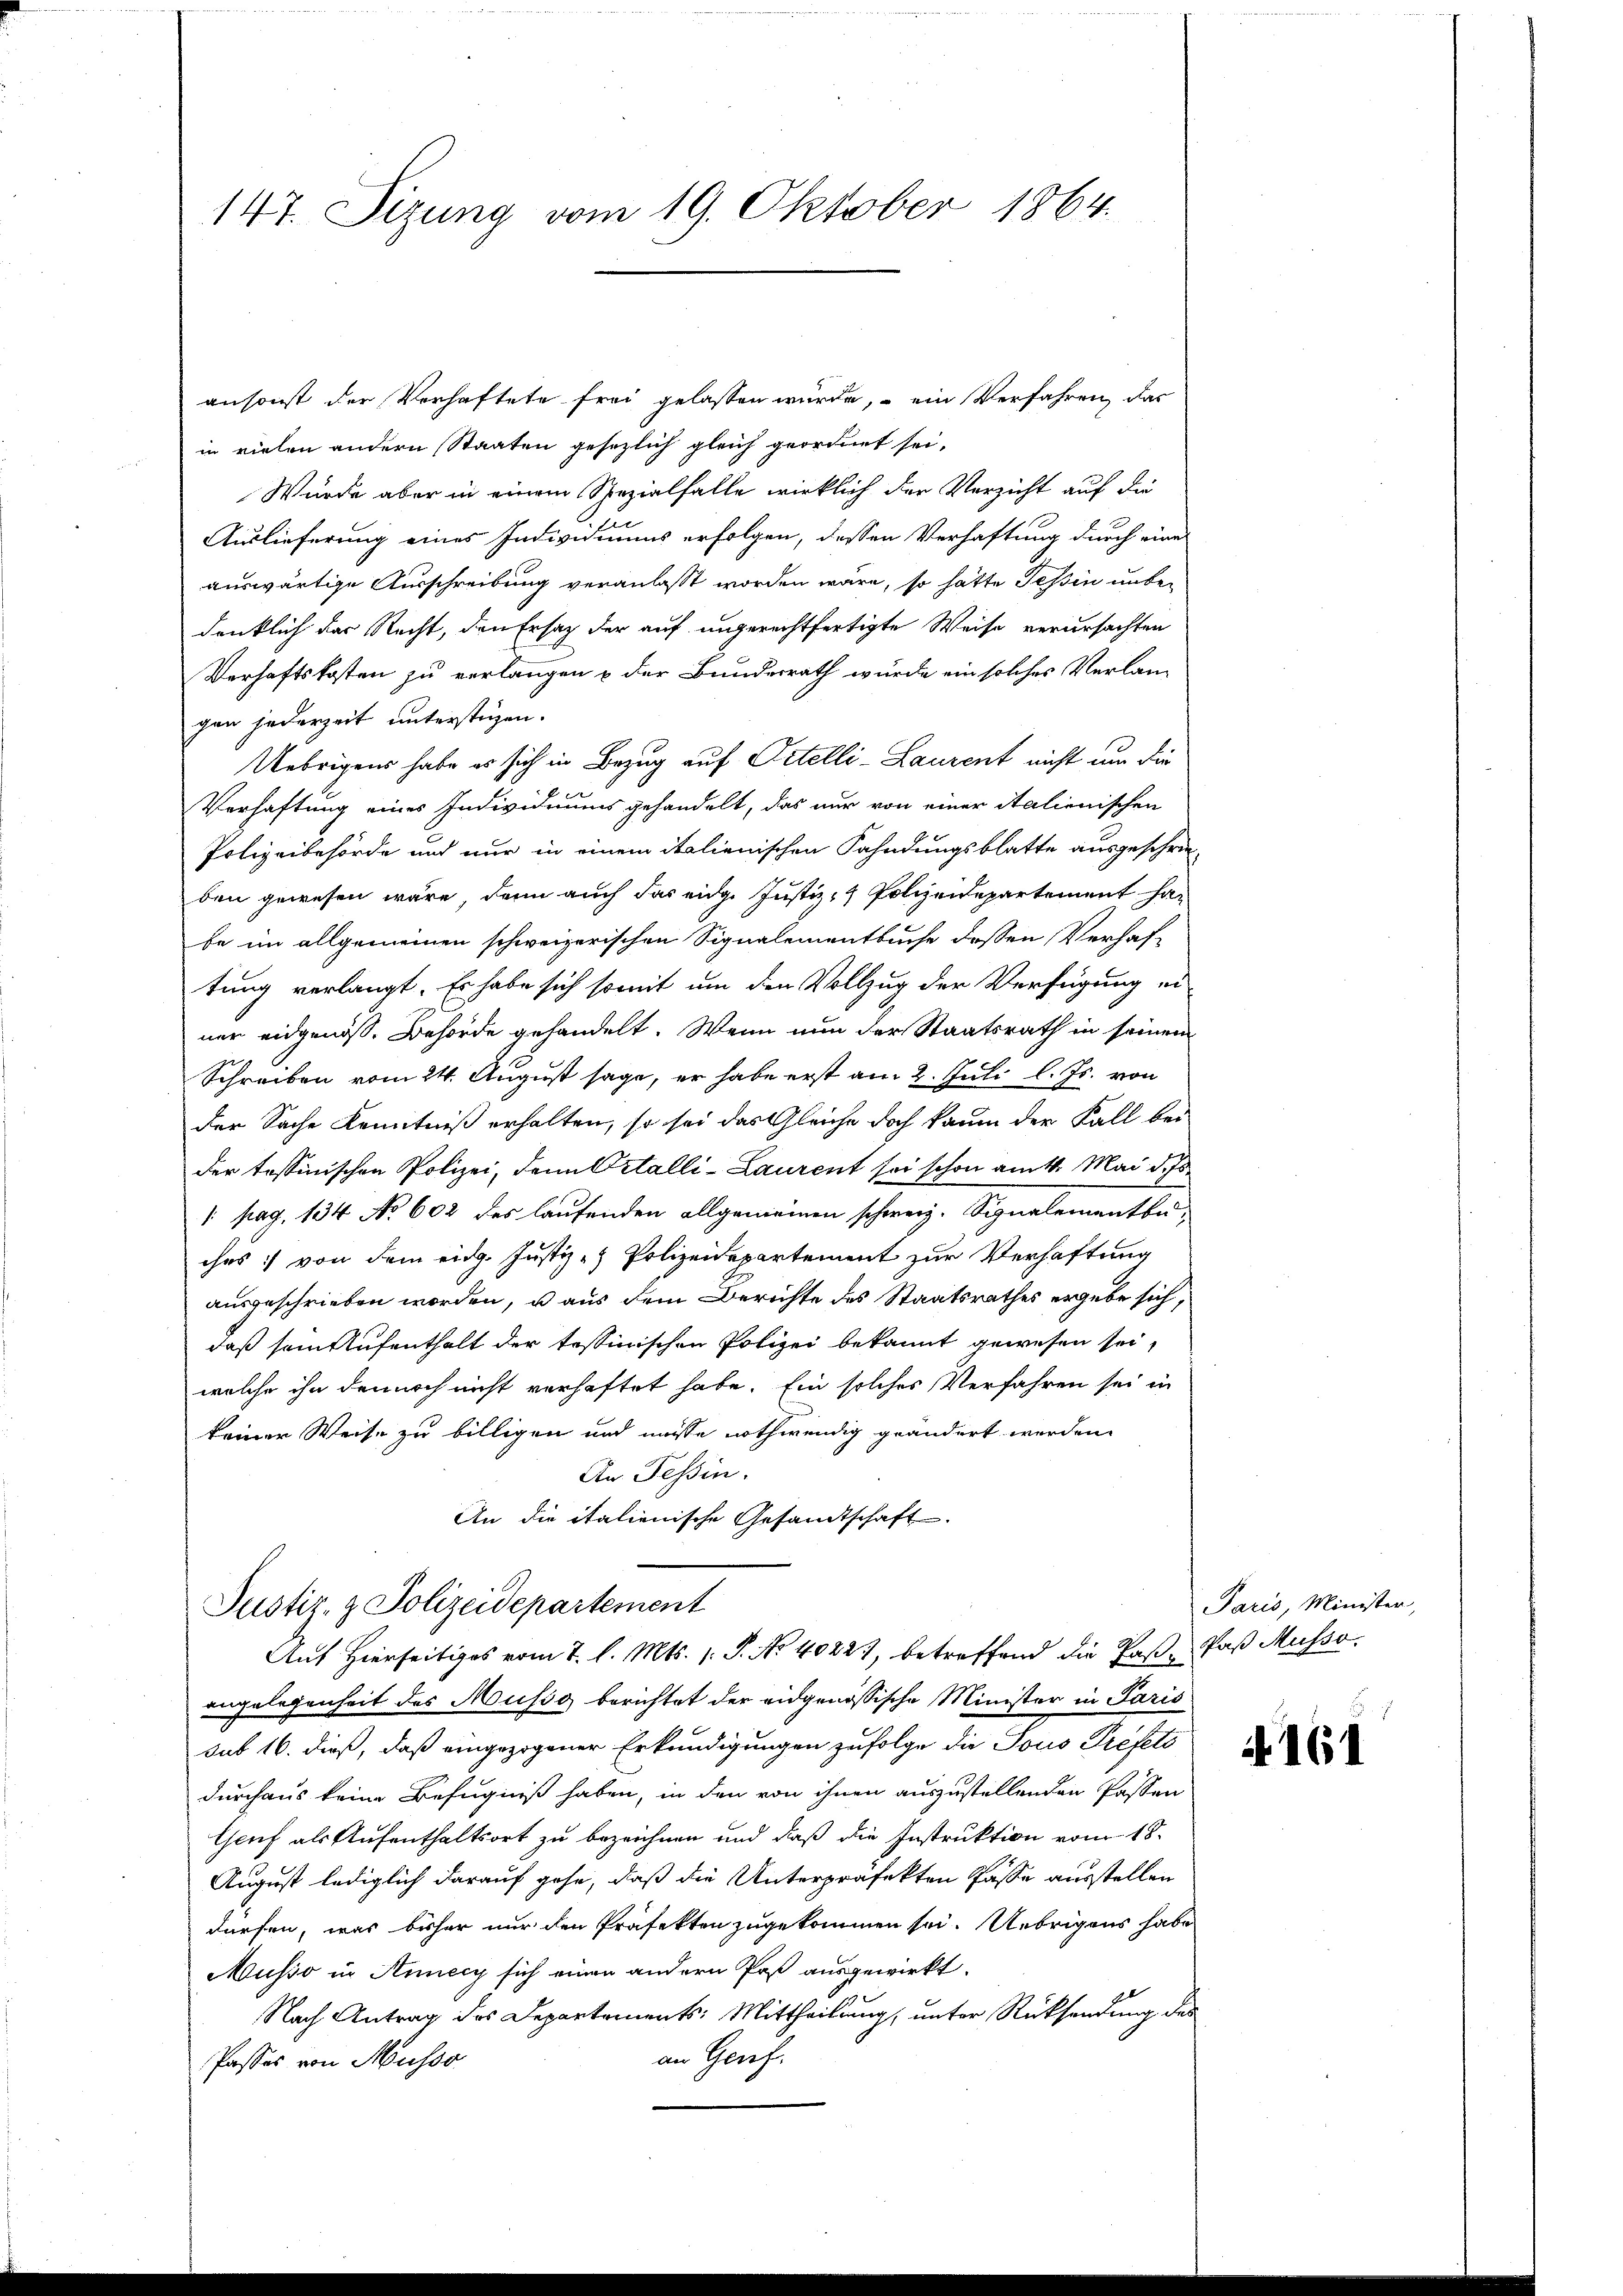
147. Sizung vom 19. Oktober 1864.

ansonst der Verhaftete frei gelassen wurde, – ein Verfahren, das
in vielen andern Staaten gesezlich gleich geordnet sei,
Wurde aber in einem Spezialfalle wirklich der Verzicht auf die
Auslieferung eines Individuums erfolgen, dessen Verhaftung durch eine
auswärtige Ausschreibung veranlasst worden wäre, so hätte Tessin unbe-
drüklich das Recht, den Ersatz der auf ungerechtfertigte Weise verursachten
Verhaftskosten zu verlangen & der Bundesrath würde ein solches Verlang
gen jederzeit unterstüzen.
Uebrigens habe es sich in Bezug auf Ortelli-Laurent nicht um die
Verhaftung eines Individuums gehandelt, das nur von einer italienischen
Polizeibehörde und nur in einem italienischen Fahndungsblatte ausgeschrie-
ben gewesen wäre, denn auch das eidg. Justiz- & Polizeidepartement ha
be im allgemeinen schweizerischen Signalementbuche dessen Verhaftung verlangt. Es habe sich somit um den Vollzug der Verfügung ei-
ner eidgenöss. Behörde gehandelt. Wenn nun der Staatsrath in seinem
Schreiben vom 24. August sage, er habe erst am 2. Juli l. Js. von
der Sache Kenntniß erhalten, so sei das Gleiche doch kaum der Fall bei
der tessinischen Polizei, dann Ortalli-Laurent sei schon am 4. Mai d. Js.
/: pag. 134 No 602 des laufenden allgemeinen schweiz. Signalementbuches :/ von dem eidg. Justiz- & Polizeidepartement zur Verhaftung
ausgeschrieben worden, u aus dem Berichte des Staatsrathes ergebe sich,
daß sein Aufenthalt der tessinischen Polizei bekannt gewesen sei,
welche ihn dennoch nicht verhaftet habe. Ein solches Verfahren sei in
keiner Weise zu billigen und müsse nothwendig geändert werden.
An Tessin.
An die italienische Gesandtschaft.
Justiz- & Polizeidepartement
Auf Hierseitiges vom 7. l. Mts. 1. P. No 4022), betreffend die Pas- das Musso
angelegenheit das Musse berichtet der eidgenössische Minister in Paris
sub 16. dieß, daß eingezogener Erkundigungen zufolge die Tous Préfets
durchaus keine Befugniß haben, in den von ihnen auszustellenden Passen
Gruf als Aufenthaltsort zu bezeichnen und daß die Instruktion vom 18.
August lediglich darauf gehe, daß die Unterpräfekten Pässe ausstellen
dürfen, was bisher nur den Präfekten zugekommen sei. Uebrigens habe
Musso in Annecy sich einen andern Post ausgewirkt.
Nach Antrag des Departements: Mittheilung, unter Rücksendung des
an Genf.
Passes von Musso

Paris, Minister,

161